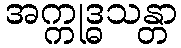
အက္ကုဒ္ဓသန္တာ